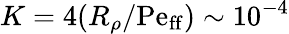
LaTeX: K=4(R_{\rho}/\mathrm{Pe_{ff}})\sim 10^{-4}